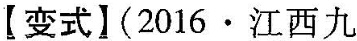
【变式】(2016·江西九